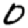
Digit: 0